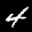
Label: 4